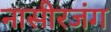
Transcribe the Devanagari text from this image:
नासीरजंग